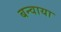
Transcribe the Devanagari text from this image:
बन्वाया